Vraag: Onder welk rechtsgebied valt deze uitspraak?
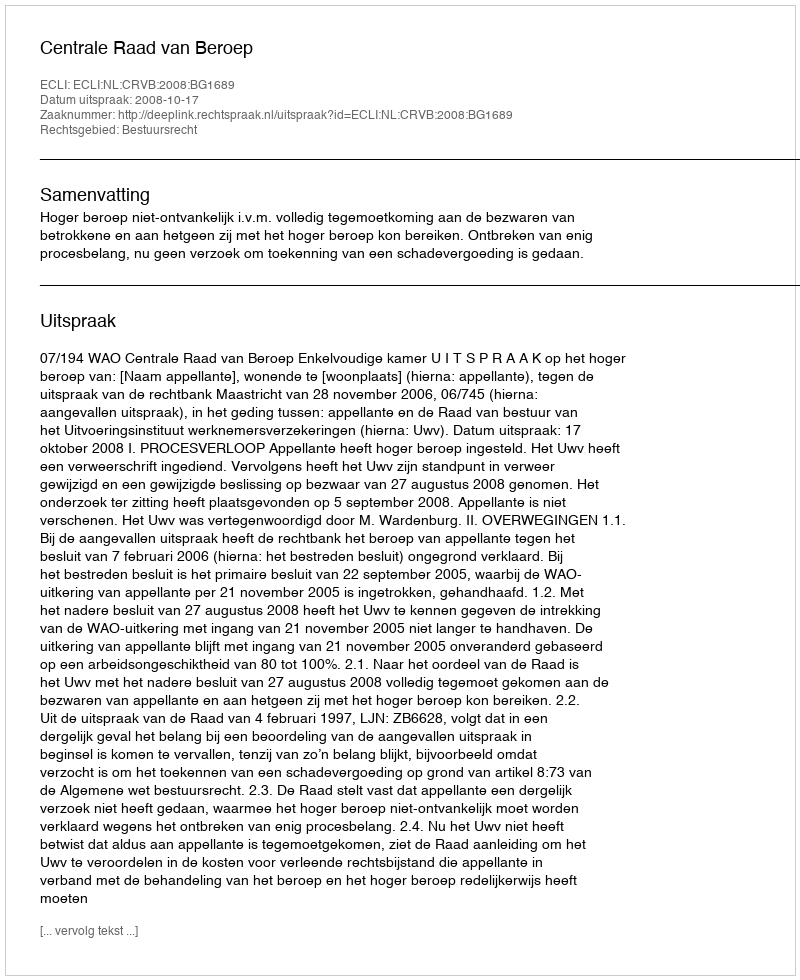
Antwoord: Bestuursrecht